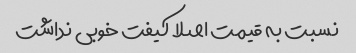
نسبت به قیمت اصلا کیفت خوبی نداشت